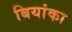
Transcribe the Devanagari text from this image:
बियांका